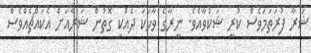
ޝަރާ ފުރަތަމަވެސް ކުރީ ޝަކުވާއެވެ. ނީރާގެ ވާހަކަ ދެއްކި ގޮތުން ޝަރާއަށް އެކައްޗެއްވެސް